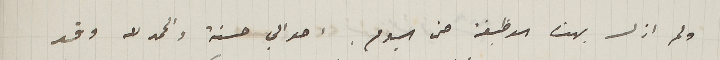
ولم ازل بهذه الوظيفة حتى اليوم. احوالي حسنة والحمدلله وقد